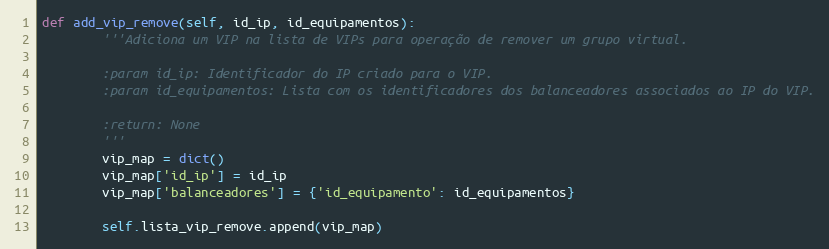
Language: Python
def add_vip_remove(self, id_ip, id_equipamentos):
        '''Adiciona um VIP na lista de VIPs para operação de remover um grupo virtual.

        :param id_ip: Identificador do IP criado para o VIP.
        :param id_equipamentos: Lista com os identificadores dos balanceadores associados ao IP do VIP.

        :return: None
        '''
        vip_map = dict()
        vip_map['id_ip'] = id_ip
        vip_map['balanceadores'] = {'id_equipamento': id_equipamentos}

        self.lista_vip_remove.append(vip_map)